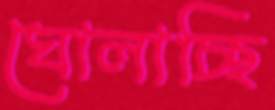
ঘোলাচ্ছি